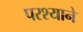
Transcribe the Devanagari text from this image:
परश्याने